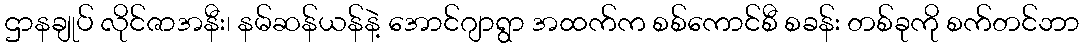
ဌာနချုပ် လိုင်ဇာအနီး၊ နမ်ဆန်ယန်နဲ့ အောင်ဂျာရွာ အထက်က စစ်ကောင်စီ စခန်း တစ်ခုကို စက်တင်ဘာ